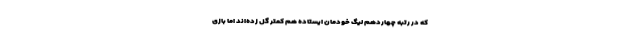
که در رتبه چهاردهم لیگ خودمان ایستاده هم کمتر گل زده‌اند اما بازی